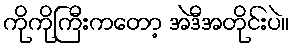
ကိုကိုကြီးကတော့ အဲဒီအတိုင်းပဲ။